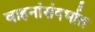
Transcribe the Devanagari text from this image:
वाहनांसंदर्भात